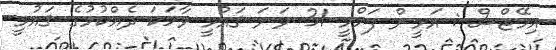
އިމޭޖްސް : އަމީން ފަހްމީ 31 ވަނަ ޤައުމީ ވާހަކަ ދެއްކުމުގެ ޤައުމީ